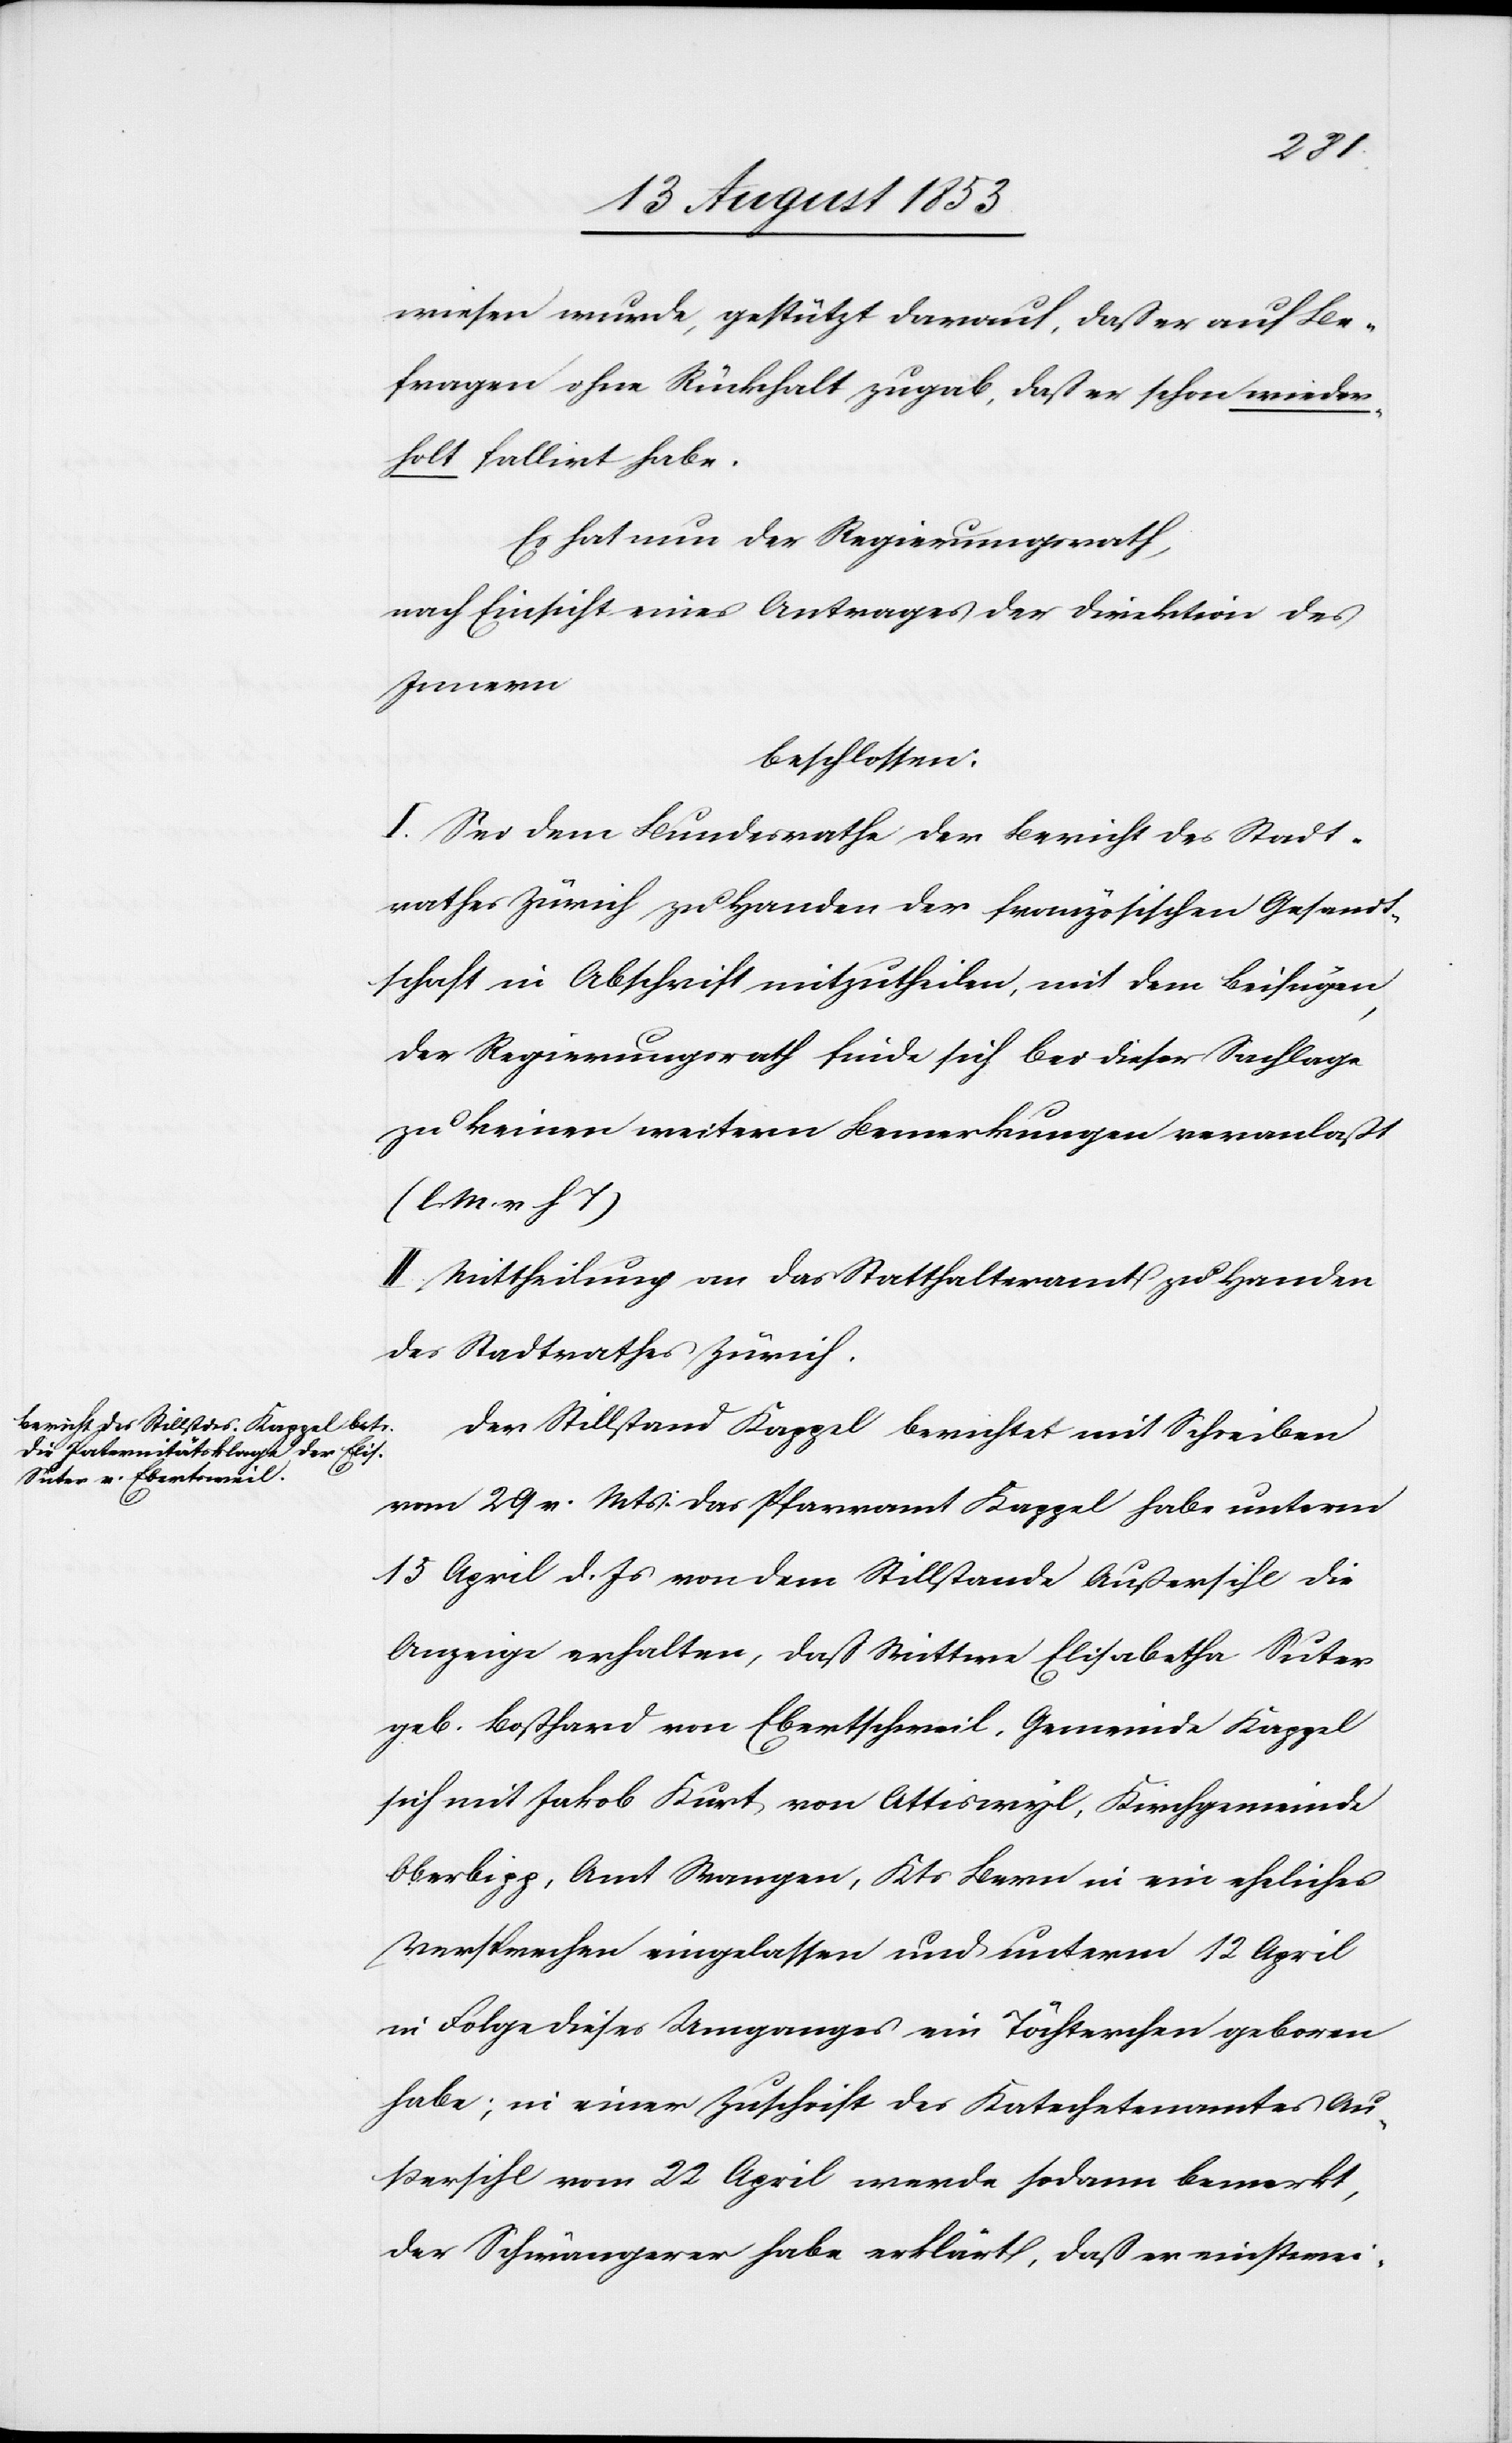
wiesen wurde, gestützt darauf, daß er auf Be¬
fragen ohne Rückhalt zugab, daß er schon wieder¬
holt fallirt habe.
Es hat nun der Regierungsrath,
nach Einsicht eines Antrages der Direktion des
Innern
beschlossen:
I. Sei dem Bundesrathe der Bericht des Stadt¬
rathes Zürich zu Handen der französischen Gesandt¬
schaft in Abschrift mitzutheilen, mit dem Beifügen,
der Regierungsrath finde sich bei dieser Sachlage
zu keinen weitern Bemerkungen veranlaßt
[l. M. v. h. T]
II. Mittheilung an das Statthalteramt zu Handen
des Stadtrathes Zürich.
Der Stillstand Kappel berichtet mit Schreiben
vom 29 v. Mts. das Pfarramt Kappel habe unterm
15 April d. Js. von dem Stillstande Außersihl die
Anzeige erhalten, daß Wittwe Elisabetha Suter
geb. Boßhard von Ebertschtweil, Gemeinde Kappel
sich mit Jakob Kurt von Ottiswyl, Kirchgemeinde
Oberlipp, Amt Wangen, Kts. Bern in ein eheliches
Versprechen eingelassen und unterm 12 April
in Folge dieses Umganges ein Töchterchen geboren
habe; in einer Zuschrift des Katechetenamtes Au¬
ßersihl vom 22 April werde sodann bemerkt,
der Schwängerer habe erklärt, daß er einstwei-